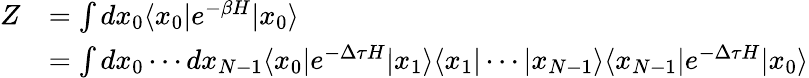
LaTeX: \begin{array}{rl}{Z}&{=\int dx_{0}\langle x_{0}|e^{-\beta H}|x_{0}\rangle}\\ &{=\int dx_{0}\cdots dx_{N-1}\langle x_{0}|e^{-\Delta\tau H}|x_{1}\rangle\langle x_{1}|\cdots|x_{N-1}\rangle\langle x_{N-1}|e^{-\Delta\tau H}|x_{0}\rangle}\end{array}